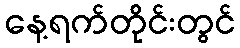
နေ့ရက်တိုင်းတွင်